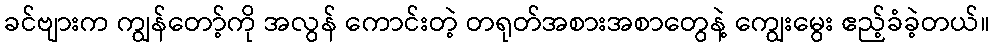
ခင်ဗျားက ကျွန်တော့်ကို အလွန် ကောင်းတဲ့ တရုတ်အစားအစာတွေနဲ့ ကျွေးမွေး ဧည့်ခံခဲ့တယ်။